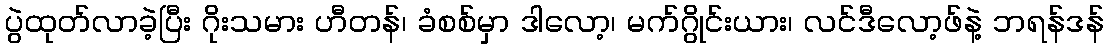
ပွဲထုတ်လာခဲ့ပြီး ဂိုးသမား ဟီတန်၊ ခံစစ်မှာ ဒါလော့၊ မက်ဂွိုင်းယား၊ လင်ဒီလော့ဖ်နဲ့ ဘရန်ဒန်